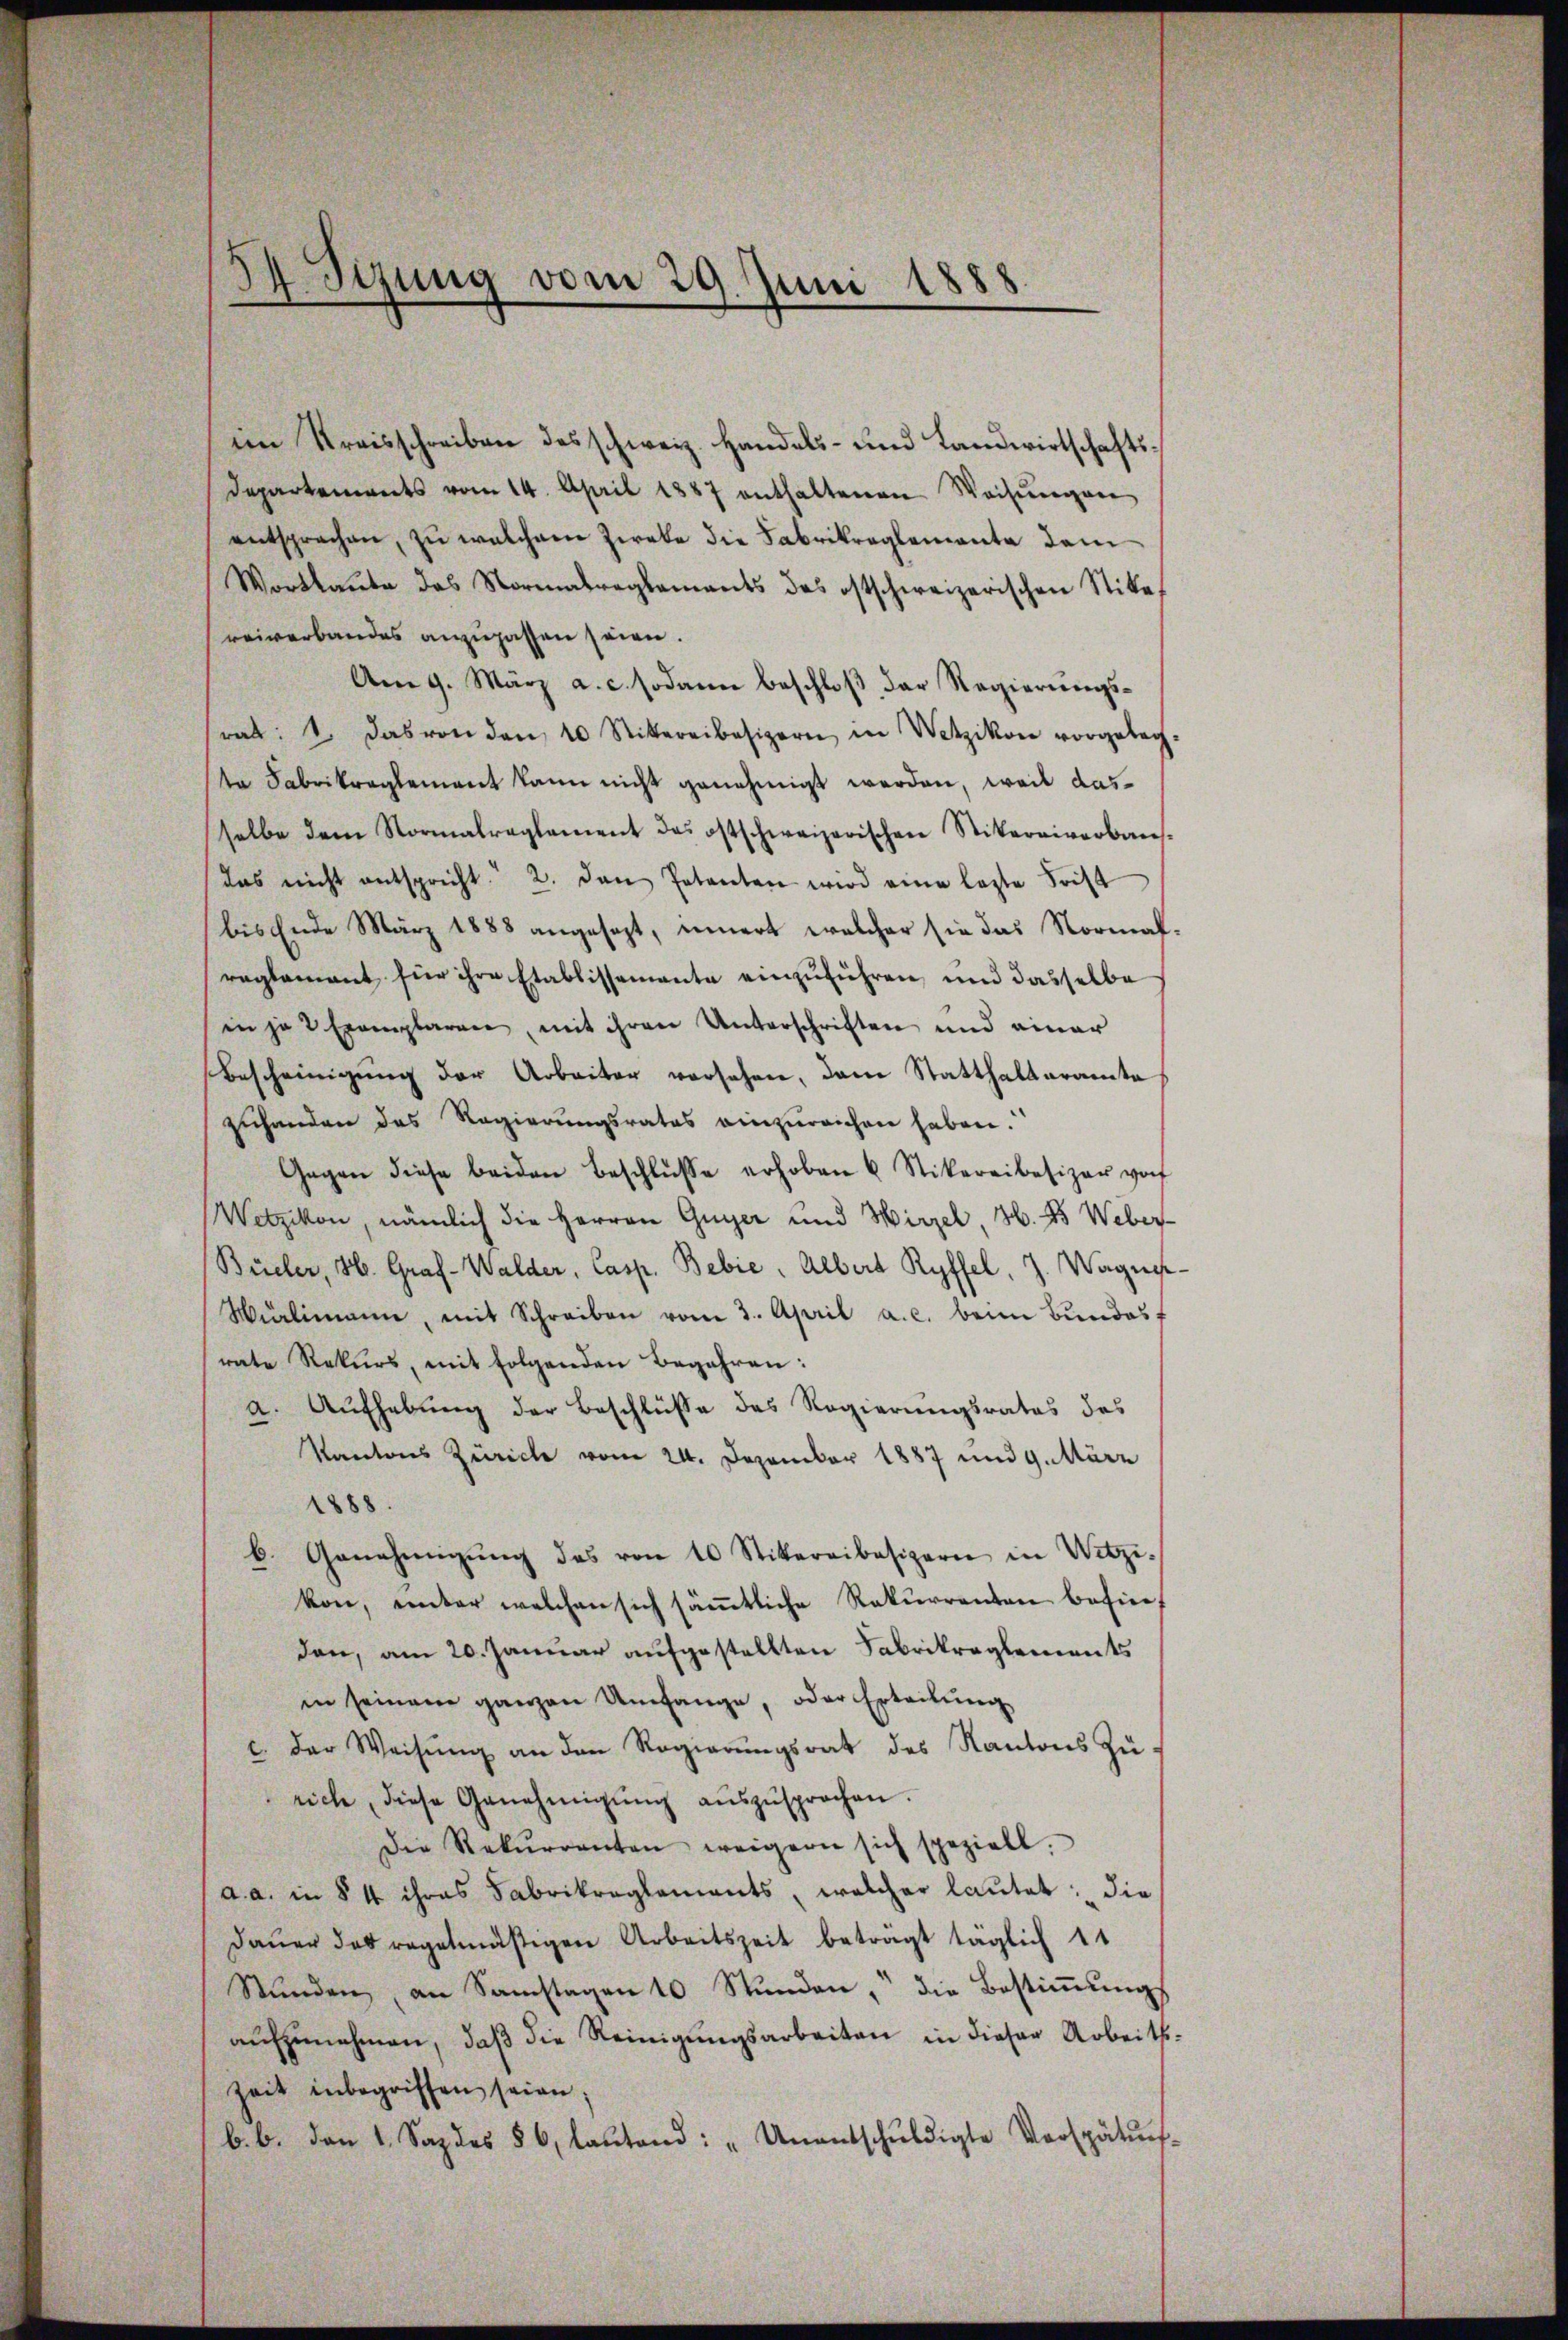
34. Syzung vom 29. Juni 1888

in Kreisschreiben des schweiz. Handels- und Landwirtschafts¬
Departenwerts vom 14. April 1887 enthaltenen Weisungen
entsprechen, zu welchem Zweke die Fabrikreglemente dem
Wortkaŭbe das Normatreglements des ostschweizerischen Stief
reiverbandes anzupassen seien.
Am 9. März a. c. sodann beschloß der Regierungsrat: 1. das von den 10 Sittereibesizern in Wetzikon vorgeleg-
ta Fabrikreglement kann nicht genehmigt werden, weil dasselbe dem Normalreglement das ostschweizerischen Stikereiverbaus-
das nicht entspricht. 2. den Petenten wird eine letzte Frist
bis Ende März 1888 angesezt, innert welcher sie das Normalreglement für ihre Etablissemente einzŭführen, und dasselbe
in je 2 Exemplaren, mit ihren Unterschriften und einer
Bescheinigung der Arbeiter versehen, dem Statthalteramte
zuhanden das Regierŭngsrates einzŭreichen haben.
Gegen diese beiden Beschlüsse erhoben u. Stickereibesizer vor
Wetzikon, nämlich die Herren Guyer und Hirzel, S. 45 Weber
Büeler, H. Graf- Walder, Casp. Bebić, Albert Ryffel, J. Wagnes
Mürlimann, mit Schreiben vom 3. April a. c. beim Bŭndesf
rate Rekurs, mit folgenden Begehren:
a. Aufhebung der Beschlüsse des Regierungsrates des
Kantons Zürich vom 24. Dezember 1887 und 9. März
1888.
b. Genehmigŭng des von 10 Stikereibesizern in Witzi-
kon, ŭnter welchen sich säṁtliche Rekŭrrenten befierf
den, am 20. Januar aufgestellten Fabrikreglements
in seinem ganzen Umfange, oder Erteilung
c. der Weisŭng an den Regierŭngsrat des Kantons Zürich, diese Genehmigŭng aŭszŭsprochen.
Die Rekurrenten weigern sich speziell.
a. a. in § 4 ihres Fabrikreglements, welcher lautet: die
daŭer das regelmäßigen Arbeitszeit beträgt täglich 11
Stŭnden, an Samstagen 10 Stŭnden, die Bestiṁŭngs
aŭfzŭnehmen, daβ die Reinigŭngsarbeiten in dieser Arbeits-
Zeit inbegriffen seien;
b. b. den 1. Septes § 6, laŭtend: „Unentschŭldigte Verspätŭng.